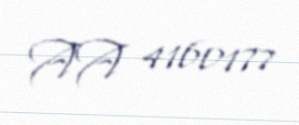
AA 4160177